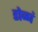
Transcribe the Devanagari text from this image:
डोळां